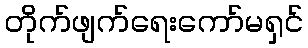
တိုက်ဖျက်ရေးကော်မရှင်